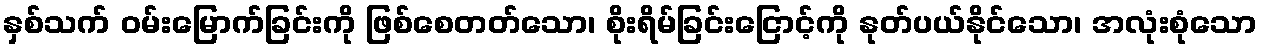
နှစ်သက် ဝမ်းမြောက်ခြင်းကို ဖြစ်စေတတ်သော၊ စိုးရိမ်ခြင်းငြောင့်ကို နုတ်ပယ်နိုင်သော၊ အလုံးစုံသော